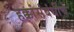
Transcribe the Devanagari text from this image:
हक्कांसंबंधीचे